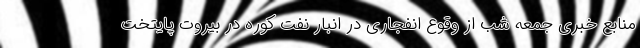
منابع خبری جمعه شب از وقوع انفجاری در انبار نفت کوره در بیروت پایتخت